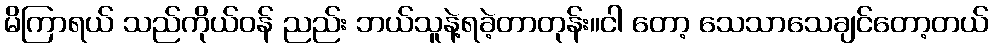
မိကြာရယ် သည်ကိုယ်ဝန် ညည်း ဘယ်သူနဲ့ရခဲ့တာတုန်း။ငါ တော့ သေသာသေချင်တော့တယ်